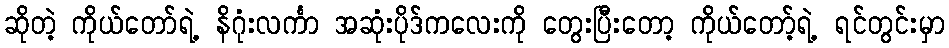
ဆိုတဲ့ ကိုယ်တော်ရဲ့ နိဂုံးလင်္ကာ အဆုံးပိုဒ်ကလေးကို တွေးပြီးတော့ ကိုယ်တော့်ရဲ့ ရင်တွင်းမှာ